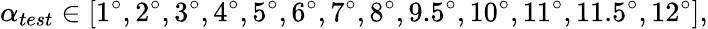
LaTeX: \alpha_{test}\in[1^{\circ},2^{\circ},3^{\circ},4^{\circ},5^{\circ},6^{\circ},7^{\circ},8^{\circ},9.5^{\circ},10^{\circ},11^{\circ},11.5^{\circ},12^{\circ}],